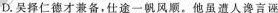
D.吴择仁德才兼备，仕途一帆风顺。他虽遭人谗言诬